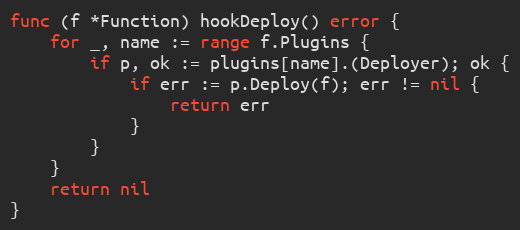
Language: Go
func (f *Function) hookDeploy() error {
	for _, name := range f.Plugins {
		if p, ok := plugins[name].(Deployer); ok {
			if err := p.Deploy(f); err != nil {
				return err
			}
		}
	}
	return nil
}